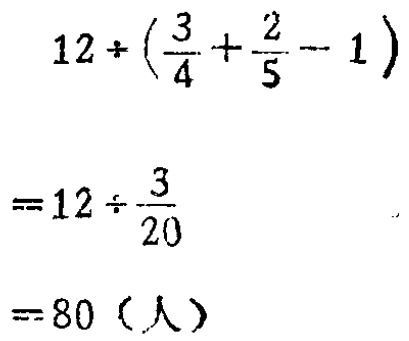
\[

\begin{align*}

&12\div(\frac{3}{4}+\frac{2}{5}-1)\\

=&12\div\frac{3}{20}\\

=&80（人）

\end{align*}

\]